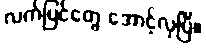
လက်ပြင်တွေ အောင့်လှပြီ။